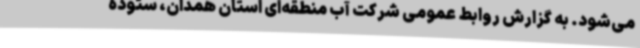
می‌شود. به گزارش روابط عمومی شرکت آب منطقه‌ای استان همدان، ستوده